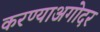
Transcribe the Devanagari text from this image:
करण्याअगोदर